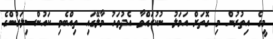
މީގެ އިތުރުން މި ގޮތަށް އަމަލު ނުކުރައްވާ އެދުވަހު މާލޭގައި ތިއްބެވި ކައުންސިލަރުންގެ